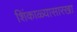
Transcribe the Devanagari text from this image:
शिंकाळ्यासारखा